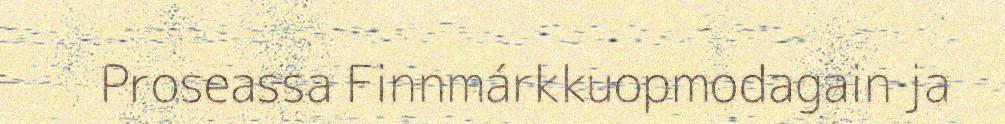
Proseassa Finnmárkkuopmodagain ja